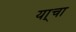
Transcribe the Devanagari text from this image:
या्चा